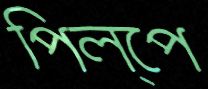
পিল্পে